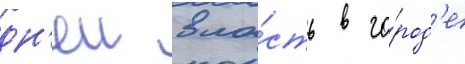
дн'еи вла́сть в го́род'е